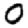
Digit: 0